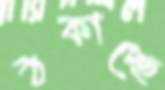
ঠকাচ্ছে